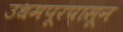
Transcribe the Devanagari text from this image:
उधमपूरपासून